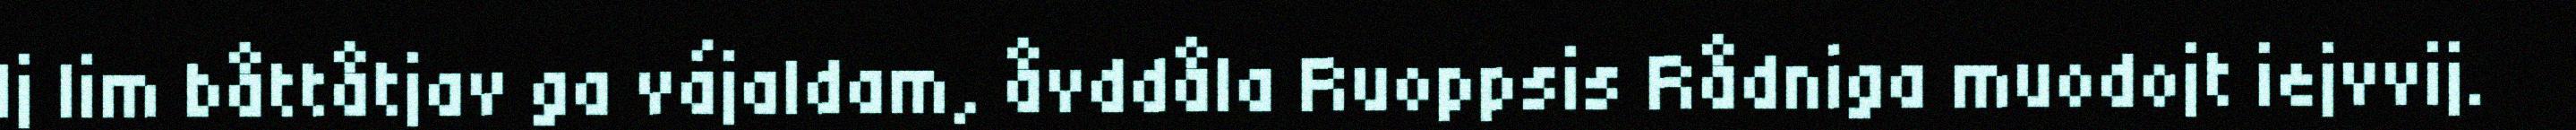
Ij lim båttåtjav ga vájaldam, åvddåla Ruoppsis Rådniga muodojt iejvvij.